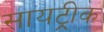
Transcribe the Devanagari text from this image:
सायट्रीक